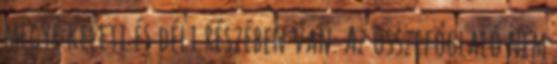
megye keleti és déli részében van. Az összefoglaló nem